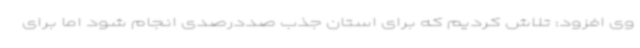
وی افزود: تلاش کردیم که برای استان جذب صددرصدی انجام شود اما برای